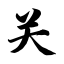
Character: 关